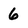
Character: 6